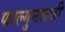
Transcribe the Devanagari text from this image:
फाल्गुनलाही